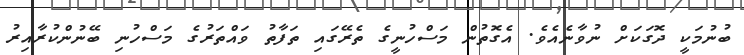
ބުނުމަކީ ދޮގަކަށް ނުވާނެއެވެ. އެގޮތުން މަސްހުނީގެ ތެރޭގައި ތަފާތު ވައްތަރުގެ މަސްހުނި ބޭނުންކުރާއިރު